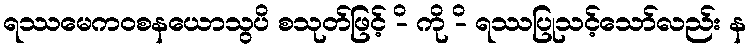
ရဿမေကဝစနယောသွပိ စသုတ်ဖြင့် -ိ ကို -ိ ရဿပြုသင့်သော်လည်း န